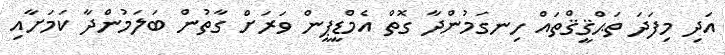
އަދި މިފަދަ ތަޙްޤީޤްތައް ހިނގަމުންދާ ގޮތް އެމްޑީޕީން ވަރަށް ގާތުން ބަލަމުންދާ ކަމަށާއި